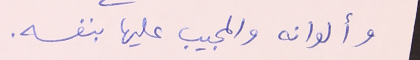
وألوانه والمجيب عليها بنفسه.